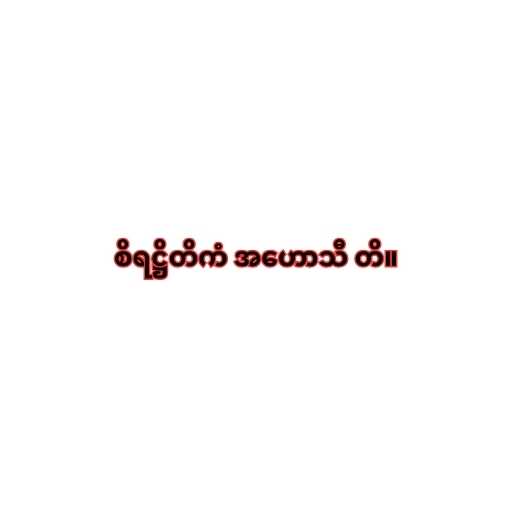
စိရဋ္ဌိတိကံ အဟောသီ တိ။